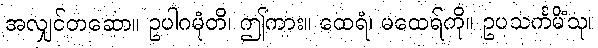
အလျှင်တဆော။ ဥပါဂမုံတိ၊ ဤကား။ ထေရံ၊ မထေရ်ကို။ ဥပသင်္ကမိံသု၊